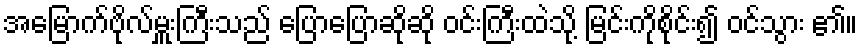
အမြောက်ဗိုလ်မှူးကြီးသည် ပြောပြောဆိုဆို ဝင်းကြီးထဲသို့ မြင်းကိုစိုင်း၍ ဝင်သွား ၏။